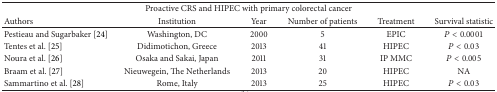
<table><thead><tr><td colspan="6"><b>Proactive CRS and HIPEC with primary colorectal cancer</b></td></tr><tr><td><b>Authors</b></td><td><b>Institution</b></td><td><b>Year</b></td><td><b>Number of patients</b></td><td><b>Treatment</b></td><td><b>Survival statistic</b></td></tr></thead><tbody><tr><td>Pestieau and Sugarbaker [24]</td><td>Washington, DC</td><td>2000</td><td>5</td><td>EPIC</td><td><i>P</i> &lt; 0.0001</td></tr><tr><td>Tentes et al. [25]</td><td>Didimotichon, Greece</td><td>2013</td><td>41</td><td>HIPEC</td><td><i>P</i> &lt; 0.03</td></tr><tr><td>Noura et al. [26]</td><td>Osaka and Sakai, Japan</td><td>2011</td><td>31</td><td>IP MMC</td><td><i>P</i> &lt; 0.005</td></tr><tr><td>Braam et al. [27]</td><td>Nieuwegein, The Netherlands</td><td>2013</td><td>20</td><td>HIPEC</td><td>NA</td></tr><tr><td>Sammartino et al. [28]</td><td>Rome, Italy</td><td>2013</td><td>25</td><td>HIPEC</td><td><i>P</i> &lt; 0.03</td></tr></tbody></table>